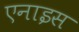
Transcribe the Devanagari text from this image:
एनाइस